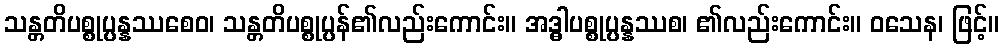
သန္တတိပစ္စုပ္ပန္နဿစေဝ၊ သန္တတိပစ္စုပ္ပန်၏လည်းကောင်း။ အဒ္ဓါပစ္စုပ္ပန္နဿစ၊ ၏လည်းကောင်း။ ဝသေန၊ ဖြင့်။